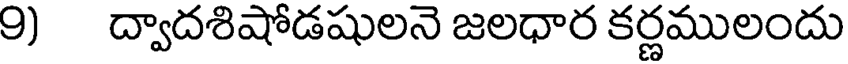
9) ద్వాదశిషోడషులనె జలధార కర్ణములందు